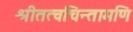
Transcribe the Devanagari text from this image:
श्रीतत्वचिन्तामणि